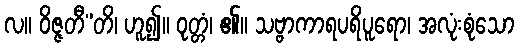
လ။ ဝိဇ္ဇတီ”တိ၊ ဟူ၍။ ဝုတ္တံ၊ ၏။ သဗ္ဗာကာရပရိပူရော၊ အလုံးစုံသော